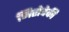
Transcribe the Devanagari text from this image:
जिरोवेकी